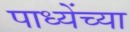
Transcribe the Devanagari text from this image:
पाध्येंच्या